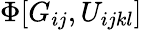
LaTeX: \Phi[G_{ij},U_{ijkl}]